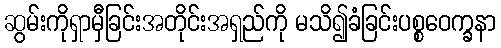
ဆွမ်းကိုရှာမှီခြင်းအတိုင်းအရှည်ကို မသိ၍ခံခြင်းပစ္စဝေက္ခနာ